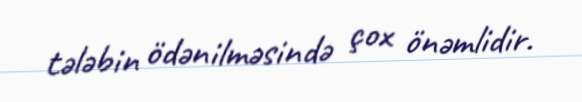
tələbin ödənilməsində çox önəmlidir.